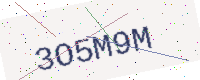
Text: 3O5M9M